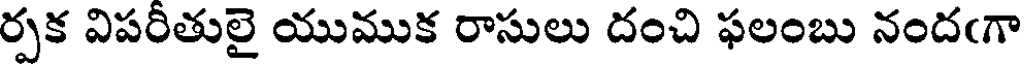
ర్పక విపరీతులై యుముక రాసులు దంచి ఫలంబు నందఁగా